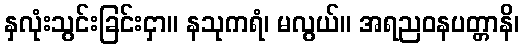
နှလုံးသွင်းခြင်းငှာ။ နသုကရံ၊ မလွယ်။ အရညဝနပတ္တာနိ၊